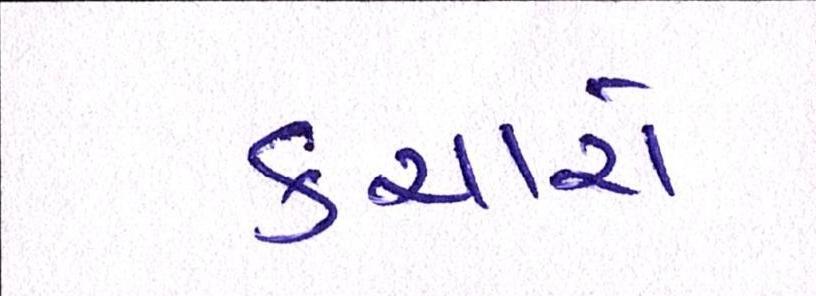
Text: કચારો